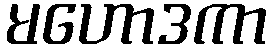
မဟောဒကာ